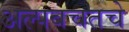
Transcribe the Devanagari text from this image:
अल्पबचतचे